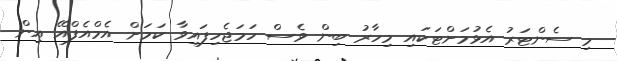
މި ސެންޓަރު އެޅުމަށްޓަކައި މިހާރު ބިން ވެސް ހަމަޖެހިފައިވާ ކަމަށް އެމްއެފްއޭ އިން